Annual report of the Punjab Veterinary College and of the Civil Veterinary Department, Punjab - 1926-1932
Year: 1926
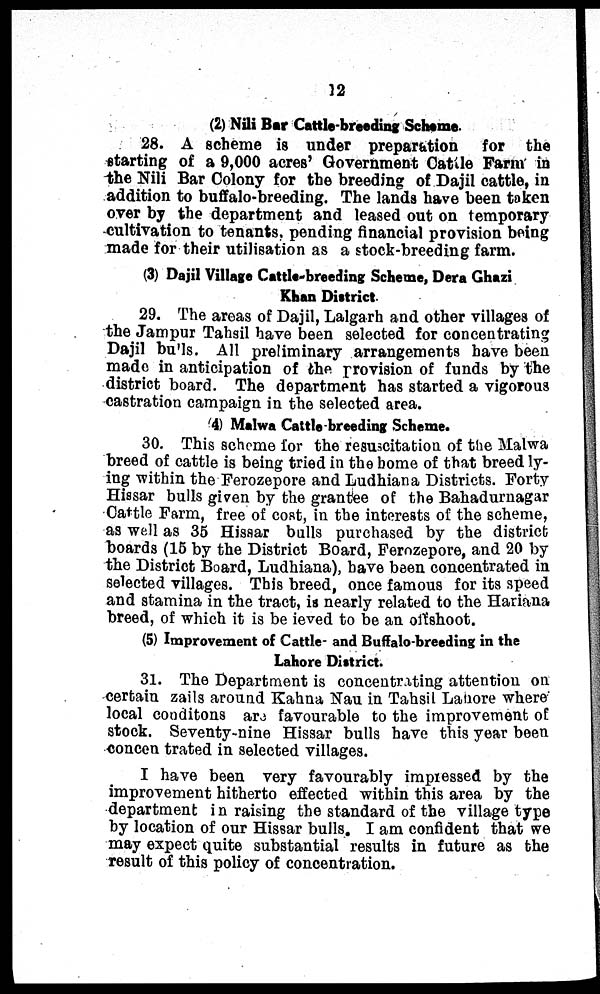
12
(2) Nili Bar Cattle-breeding Scheme.
28. A scheme is under preparation for the
starting of a 9,000 acres' Government Cattle Farm in
the Nili Bar Colony for the breeding of Dajil cattle, in
addition to buffalo-breeding. The lands have been taken
over by the department and leased out on temporary
cultivation to tenants, pending financial provision being
made for their utilisation as a stock-breeding farm.
(3) Dajil Village Cattle-breeding Scheme, Dera Ghazi
Khan District
29. The areas of Dajil, Lalgarh and other villages of
the Jampur Tahsil have been selected for concentrating
Dajil bulls. All preliminary arrangements have been
made in anticipation of the provision of funds by the
district board. The department has started a vigorous
castration campaign in the selected area.
4) Malwa Cattle breeding Scheme.
30. This scheme for the resuscitation of the Malwa
breed of cattle is being tried in the home of that breed ly-
ing within the Ferozepore and Ludhiana Districts. Forty
Hissar bulls given by the grantee of the Bahadurnagar
Cattle Farm, free of cost, in the interests of the scheme,
as well as 35 Hissar bulls purchased by the district
boards (15 by the District Board, Ferozepore, and 20 by
the District Board, Ludhiana), have been concentrated in
selected villages. This breed, once famous for its speed
and stamina in the tract, is nearly related to the Hariana
breed, of which it is be ieved to be an off shoot.
(5) Improvement of Cattle- and Buffalo-breeding in the
Lahore District.
31. The Department is concentrating attention on
certain zails around Kahna Nau in Tahsil Lahore where
local conditons are favourable to the improvement of
stock. Seventy-nine Hissar bulls have this year been
concen trated in selected villages.
I have been very favourably impressed by the
improvement hitherto effected within this area by the
department in raising the standard of the village type
by location of our Hissar bulls. I am confident that we
may expect quite substantial results in future as the
result of this policy of concentration.